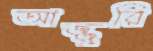
আজ্জুরি